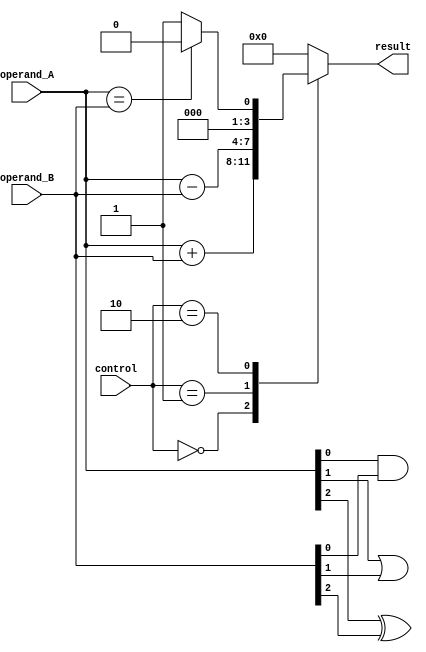
module ALU (
    input [3:0] operand_A,     // 4-bit input bus for operand A
    input [3:0] operand_B,     // 4-bit input bus for operand B
    input [2:0] control,       // Control signal bus for selecting operation
    output reg [3:0] result    // 4-bit output bus for result
);

// Arithmetic Blocks
always @*
begin
    case(control)
        3'b000: result = operand_A + operand_B;     // Addition
        3'b001: result = operand_A - operand_B;     // Subtraction
        3'b010: result = (operand_A == operand_B) ? 4'b0000 : 4'b0001;    // Comparison
        default: result = 4'b0000;                   // Default is no operation
    endcase
end

// Logic Gates
assign result[0] = operand_A[0] & operand_B[0];     // Bitwise AND
assign result[1] = operand_A[1] | operand_B[1];     // Bitwise OR
assign result[2] = operand_A[2] ^ operand_B[2];     // Bitwise XOR

endmodule